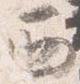
西